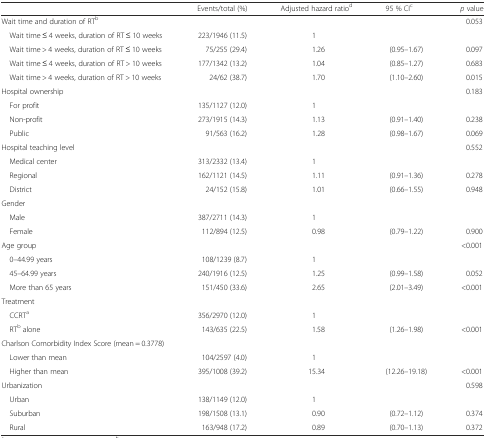
<table><thead><tr><td></td><td><b>Events/total (%)</b></td><td><b>Adjusted hazard ratio<sup>d</sup></b></td><td><b>95 % CI<sup>c</sup></b></td><td><b><i>p</i> value</b></td></tr></thead><tbody><tr><td>Wait time and duration of RT<sup>b</sup></td><td></td><td></td><td></td><td>0.053</td></tr><tr><td> Wait time ≤ 4 weeks, duration of RT ≤ 10 weeks</td><td>223/1946 (11.5)</td><td>1</td><td></td><td></td></tr><tr><td> Wait time &gt; 4 weeks, duration of RT ≤ 10 weeks</td><td>75/255 (29.4)</td><td>1.26</td><td>(0.95–1.67)</td><td>0.097</td></tr><tr><td> Wait time ≤ 4 weeks, duration of RT &gt; 10 weeks</td><td>177/1342 (13.2)</td><td>1.04</td><td>(0.85–1.27)</td><td>0.683</td></tr><tr><td> Wait time &gt; 4 weeks, duration of RT &gt; 10 weeks</td><td>24/62 (38.7)</td><td>1.70</td><td>(1.10–2.60)</td><td>0.015</td></tr><tr><td>Hospital ownership</td><td></td><td></td><td></td><td>0.183</td></tr><tr><td> For profit</td><td>135/1127 (12.0)</td><td>1</td><td></td><td></td></tr><tr><td> Non-profit</td><td>273/1915 (14.3)</td><td>1.13</td><td>(0.91–1.40)</td><td>0.238</td></tr><tr><td> Public</td><td>91/563 (16.2)</td><td>1.28</td><td>(0.98–1.67)</td><td>0.069</td></tr><tr><td>Hospital teaching level</td><td></td><td></td><td></td><td>0.552</td></tr><tr><td> Medical center</td><td>313/2332 (13.4)</td><td>1</td><td></td><td></td></tr><tr><td> Regional</td><td>162/1121 (14.5)</td><td>1.11</td><td>(0.91–1.36)</td><td>0.278</td></tr><tr><td> District</td><td>24/152 (15.8)</td><td>1.01</td><td>(0.66–1.55)</td><td>0.948</td></tr><tr><td>Gender</td><td></td><td></td><td></td><td></td></tr><tr><td> Male</td><td>387/2711 (14.3)</td><td>1</td><td></td><td></td></tr><tr><td> Female</td><td>112/894 (12.5)</td><td>0.98</td><td>(0.79–1.22)</td><td>0.900</td></tr><tr><td>Age group</td><td></td><td></td><td></td><td>&lt;0.001</td></tr><tr><td> 0–44.99 years</td><td>108/1239 (8.7)</td><td>1</td><td></td><td></td></tr><tr><td> 45–64.99 years</td><td>240/1916 (12.5)</td><td>1.25</td><td>(0.99–1.58)</td><td>0.052</td></tr><tr><td> More than 65 years</td><td>151/450 (33.6)</td><td>2.65</td><td>(2.01–3.49)</td><td>&lt;0.001</td></tr><tr><td>Treatment</td><td></td><td></td><td></td><td></td></tr><tr><td> CCRT<sup>a</sup></td><td>356/2970 (12.0)</td><td>1</td><td></td><td></td></tr><tr><td> RT<sup>b</sup> alone</td><td>143/635 (22.5)</td><td>1.58</td><td>(1.26–1.98)</td><td>&lt;0.001</td></tr><tr><td>Charlson Comorbidity Index Score (mean = 0.3778)</td><td></td><td></td><td></td><td></td></tr><tr><td> Lower than mean</td><td>104/2597 (4.0)</td><td>1</td><td></td><td></td></tr><tr><td> Higher than mean</td><td>395/1008 (39.2)</td><td>15.34</td><td>(12.26–19.18)</td><td>&lt;0.001</td></tr><tr><td>Urbanization</td><td></td><td></td><td></td><td>0.598</td></tr><tr><td> Urban</td><td>138/1149 (12.0)</td><td>1</td><td></td><td></td></tr><tr><td> Suburban</td><td>198/1508 (13.1)</td><td>0.90</td><td>(0.72–1.12)</td><td>0.374</td></tr><tr><td> Rural</td><td>163/948 (17.2)</td><td>0.89</td><td>(0.70–1.13)</td><td>0.372</td></tr></tbody></table>